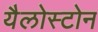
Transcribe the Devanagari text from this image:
यैलोस्टोन